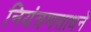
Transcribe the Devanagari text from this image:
नियंत्रणसाधने